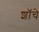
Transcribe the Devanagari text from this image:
शॉचे